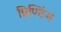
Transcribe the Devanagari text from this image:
प्रिण्टिंग